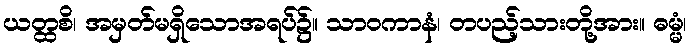
ယတ္ထစိ၊ အမှတ်မရှိသောအရပ်၌။ သာဝကာနံ၊ တပည့်သားတို့အား။ ဓမ္မံ၊